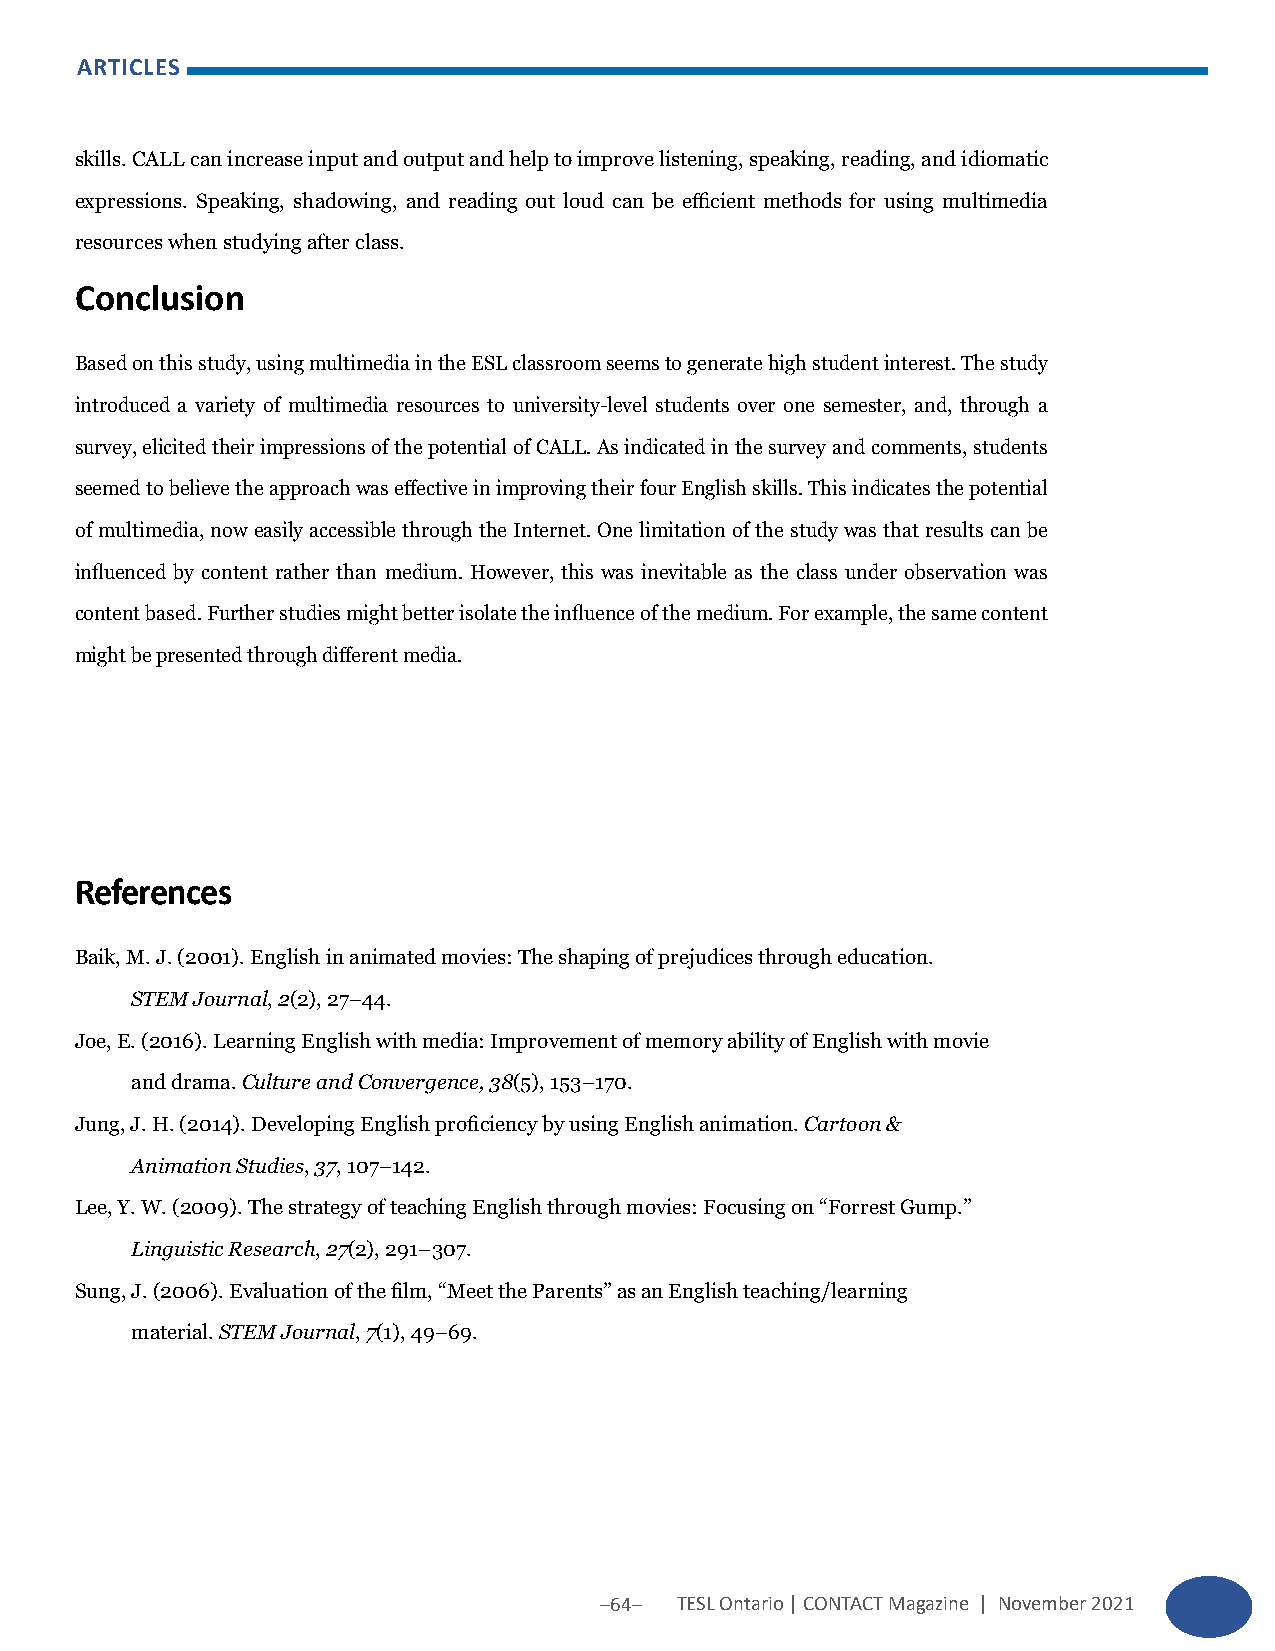
ARTICLES
 skills. CALL can increase input and output and help to improve listening, speaking, reading, and idiomatic
 expressions. Speaking, shadowing, and reading out loud can be efficient methods for using multimedia
 resources when studying after class.
 Conclusion
 Based on this study, using multimedia in the ESL classroom seems to generate high student interest. The study
 introduced a variety of multimedia resources to university-level students over one semester, and, through a
 survey, elicited their impressions of the potential of CALL. As indicated in the survey and comments, students
 seemed to believe the approach was effective in improving their four English skills. This indicates the potential
 of multimedia, now easily accessible through the Internet. One limitation of the study was that results can be
 influenced by content rather than medium. However, this was inevitable as the class under observation was
 content based. Further studies might better isolate the influence of the medium. For example, the same content
 might be presented through different media.
 References
 Baik, M. J. (2001). English in animated movies: The shaping of prejudices through education.
 STEM Journal, 2(2), 27–44.
 Joe, E. (2016). Learning English with media: Improvement of memory ability of English with movie
 and drama. Culture and Convergence, 38(5), 153–170.
 Jung, J. H. (2014). Developing English proficiency by using English animation. Cartoon &
 Animation Studies, 37, 107–142.
 Lee, Y. W. (2009). The strategy of teaching English through movies: Focusing on “Forrest Gump.”
 Linguistic Research, 27(2), 291–307.
 Sung, J. (2006). Evaluation of the film, “Meet the Parents” as an English teaching/learning
 material. STEM Journal, 7(1), 49–69.
 –64– TESL Ontario | CONTACT Magazine | November 2021